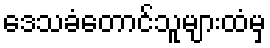
ဒေသခံတောင်သူများထံမှ